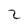
Character: 2